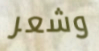
وشعر